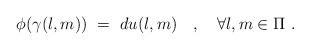
LaTeX: \begin{align*}\phi(\gamma(l,m)) \ = \ du(l,m)\ \ \ , \ \ \ \forall l,m \in \Pi\ .\end{align*}